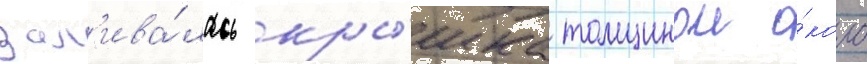
зал'ива́лась кры́шка толщинои о́коло